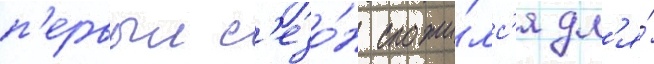
п'ервыи с'езо́н сложи́лс'я дл'я́